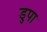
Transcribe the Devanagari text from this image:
डुपा